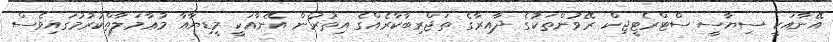
އޭނާއަކީ ސިޔާސީ ސްޓްރެޓީޖިކް ރޭވުންތަކުގެ ދާއިރާގެ ތަޖްރިބާކާރެއްގެ އިތުރުން އޭނާއަކީ މީޑިޔާއާ މުޢާމަލާތްކުރުމުގައިވެސް